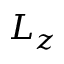
L _ { z }